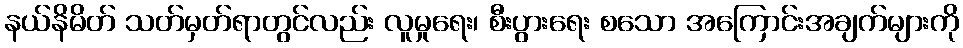
နယ်နိမိတ် သတ်မှတ်ရာတွင်လည်း လူမှုရေး၊ စီးပွားရေး စသော အကြောင်းအချက်များကို